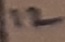
Text: 12